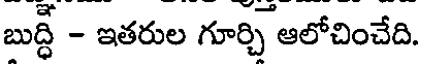
బుద్ధి - ఇతరుల గూర్చి ఆలోచించేది.